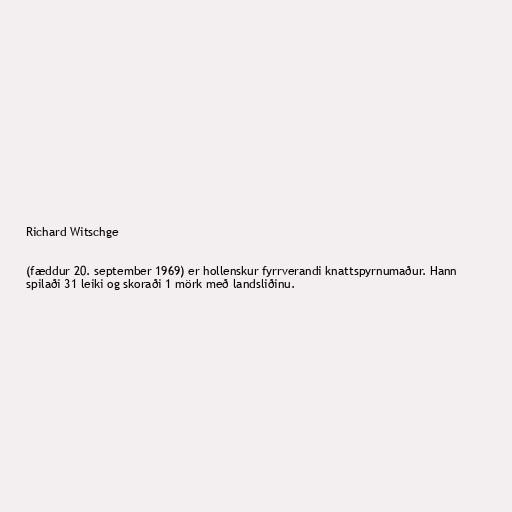
Richard Witschge

(fæddur 20. september 1969) er hollenskur fyrrverandi knattspyrnumaður. Hann
spilaði 31 leiki og skoraði 1 mörk með landsliðinu.